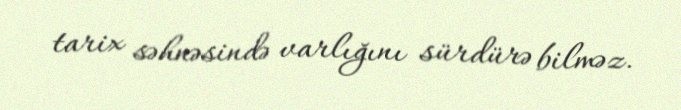
tarix səhnəsində varlığını sürdürə bilməz.